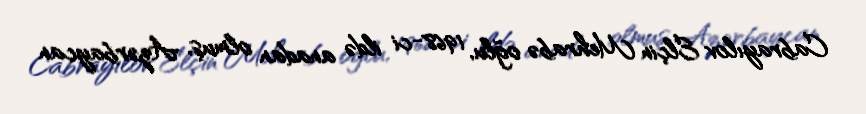
Cabrayılov Elçin Mehrabə oğlu, 1968-ci ildə anadan olmuş, Azərbaycan